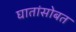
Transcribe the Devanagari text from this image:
घातांसोबत